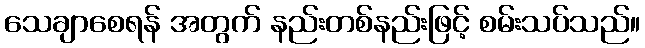
သေချာစေရန် အတွက် နည်းတစ်နည်းဖြင့် စမ်းသပ်သည်။